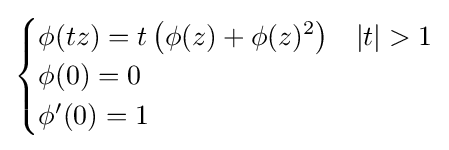
{\begin{cases}\phi (tz)=t\left(\phi (z)+\phi (z)^{2}\right)&|t|>1\\\phi (0)=0\\\phi '(0)=1\end{cases}}